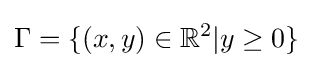
\Gamma =\{(x,y)\in \mathbb {R} ^{2}|y\geq 0\}